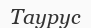
Таурус